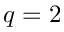
q = 2